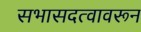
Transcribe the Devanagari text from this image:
सभासदत्वावरून